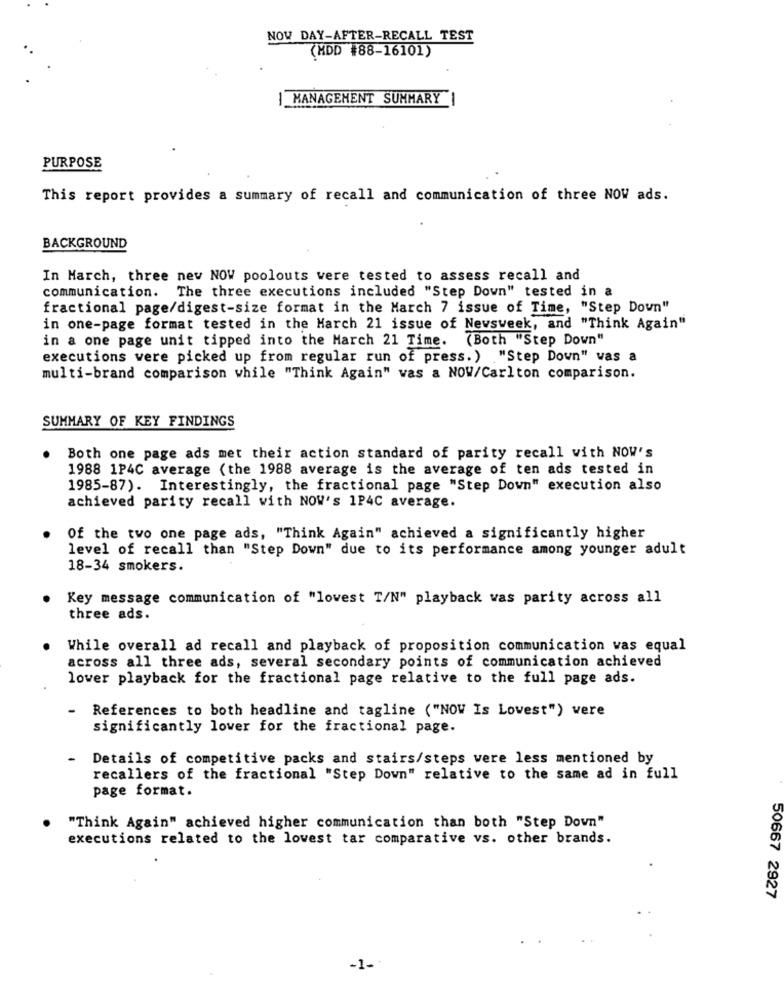
NOW DAY-AFTER-RECALL TEST
(MDD #88-16101)
| MANAGEMENT SUMMARY
PURPOSE
This report provides a summary of recall and communication of three NOW ads.
BACKGROUND
In March, three new NOW poolouts were tested to assess recall and
communication. The three executions included "Step Down" tested in a
fractional page/digest-size format in the March 7 issue of Time, "Step Down"
in one-page format tested in the March 21 issue of Newsweek, and "Think Again"
in a one page unit tipped into the March 21 Time. (Both "Step Down"
executions vere picked up from regular run of press. ) "Step Down" vas a
multi-brand comparison while "Think Again" was a NOW/Carlton comparison.
SUMMARY OF KEY FINDINGS
Both one page ads met their action standard of parity recall with NOW's
1988 1P4C average (the 1988 average is the average of ten ads tested in
1985-87). Interestingly, the fractional page "Step Down" execution also
achieved parity recall with NOW's 1P4C average.
Of the two one page ads, "Think Again" achieved a significantly higher
level of recall than "Step Down" due to its performance among younger adult
18-34 smokers.
Key message communication of "lovest T/N" playback was parity across all
three ads.
While overall ad recall and playback of proposition communication vas equal
across all three ads, several secondary points of communication achieved
lower playback for the fractional page relative to the full page ads.
-
References to both headline and tagline ("NOW Is Lovest") were
significantly lower for the fractional page.
Details of competitive packs and stairs/steps vere less mentioned by
recallers of the fractional "Step Down" relative to the same ad in full
page format.
"Think Again" achieved higher communication than both "Step Down"
executions related to the lowest tar comparative vs. other brands.
50667 2927
-1-